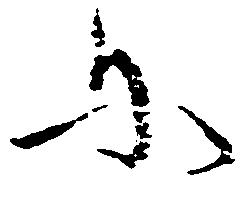
に